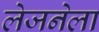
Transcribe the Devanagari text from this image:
लेजनेला